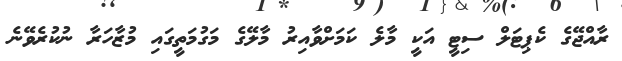
ރާއްޖޭގެ ކެޕިޓަލް ސިޓީ އަކީ މާލެ ކަމަށްވާއިރު މާލޭގެ މަގުމަތީގައި މުޒާހަރާ ނުކުރެވޭނެ